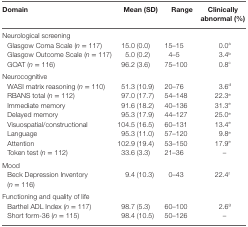
| Domain | Mean (SD) | Range | Clinically abnormal (%) |
 | --- | --- | --- | --- |
 | <COLSPAN=4> Neurological screening |
 | Glasgow Coma Scale (n = 117) | 15.0 (0.0) | 15–15 | 0.0a |
 | Glasgow Outcome Scale (n = 117) | 5.0 (0.2) | 4–5 | 3.4b |
 | GOAT (n = 116) | 96.2 (3.6) | 75–100 | 0.8c |
 | <COLSPAN=4> Neurocognitive |
 | WASI matrix reasoning (n = 110) | 51.3 (10.9) | 20–76 | 3.6d |
 | RBANS total (n = 112) | 97.0 (17.7) | 54–148 | 22.3e |
 | Immediate memory | 91.6 (18.2) | 40–136 | 31.3e |
 | Delayed memory | 95.3 (17.9) | 44–127 | 25.0e |
 | Visuospatial/constructional | 104.5 (16.5) | 60–131 | 13.4e |
 | Language | 95.3 (11.0) | 57–120 | 9.8e |
 | Attention | 102.9 (19.4) | 53–150 | 17.9e |
 | Token test (n = 112) | 33.6 (3.3) | 21–36 | – |
 | <COLSPAN=4> Mood |
 | Beck Depression Inventory (n = 116) | 9.4 (10.3) | 0–43 | 22.4f |
 | <COLSPAN=4> Functioning and quality of life |
 | Barthel ADL Index (n = 117) | 98.7 (5.3) | 60–100 | 2.6g |
 | Short form-36 (n = 115) | 98.4 (10.5) | 50–126 | – |